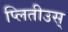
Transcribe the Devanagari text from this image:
प्लितीउस्